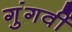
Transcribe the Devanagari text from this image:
गुंगवीं